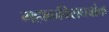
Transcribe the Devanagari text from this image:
महाकविराघवांक